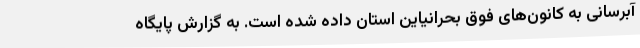
آبرسانی به کانون‌های فوق بحرانیاین استان داده شده است. به گزارش پایگاه